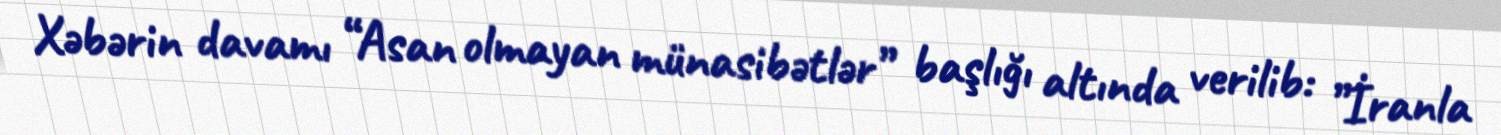
Xəbərin davamı “Asan olmayan münasibətlər” başlığı altında verilib: ”İranla